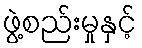
ဖွဲ့စည်းမှုနှင့်